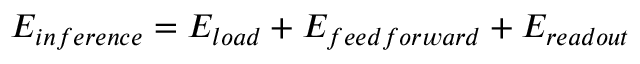
E _ { i n f e r e n c e } = E _ { l o a d } + E _ { f e e d f o r w a r d } + E _ { r e a d o u t }